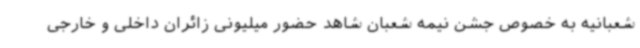
شعبانیه به خصوص جشن نیمه شعبان شاهد حضور میلیونی زائران داخلی و خارجی